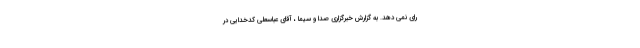
رای نمی دهد. به گزارش خبرگزاری صدا و سیما ، آقای عباسعلی کدخدایی در